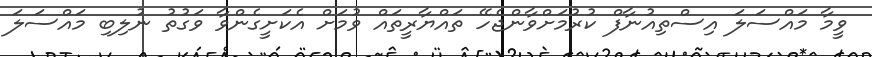
ވީމާ މައްސަލަ އިސްތިއުނާފް ކުރުމަށްވާންޖެހޭ ތައްޔާރީތައް ވުމަށް އެކަށީގެންވާ ވަގުތު ނުލިބި މައްސަލަ